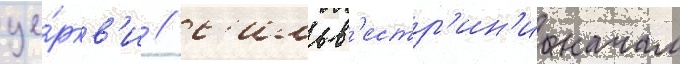
це́ркв'и / с'ильв'естр'ин'и начал